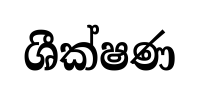
ශීක්ෂණ